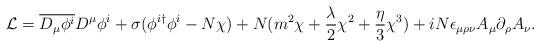
LaTeX: \begin{align*}{\cal L} = \overline{D_\mu\phi^i} D^\mu\phi^i + \sigma(\phi^{i\dagger}\phi^i -N \chi) + N (m^2 \chi + {\lambda \over 2} \chi^2 + {\eta \over 3} \chi^3)+ iN\epsilon_{\mu\rho\nu}A_\mu \partial_\rho A_\nu.\end{align*}